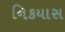
નિકયાસ